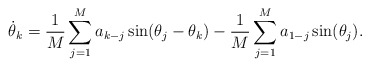
\begin{align*}\dot\theta_k = \frac 1M \sum_{j=1}^M a_{k-j} \sin(\theta_j-\theta_k)-\frac 1M \sum_{j=1}^M a_{1-j} \sin(\theta_j).\end{align*}